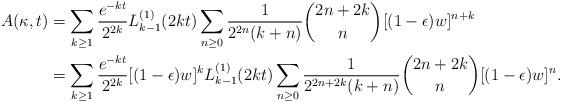
LaTeX: \begin{align*}A(\kappa, t) &= \sum_{k \geq 1}\frac{e^{-kt}}{2^{2k}} L_{k-1}^{(1)}(2kt)\sum_{n \geq 0}\frac{1}{2^{2n}(k+n)}\binom{2n+2k}{n}[(1-\epsilon)w]^{n+k}\\& = \sum_{k \geq 1}\frac{e^{-kt}}{2^{2k}}[(1-\epsilon)w]^k L_{k-1}^{(1)}(2kt)\sum_{n \geq 0}\frac{1}{2^{2n+2k}(k+n)}\binom{2n+2k}{n}[(1-\epsilon)w]^n.\end{align*}